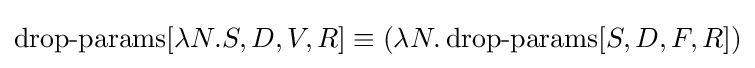
\operatorname {drop-params} [\lambda N.S,D,V,R]\equiv (\lambda N.\operatorname {drop-params} [S,D,F,R])